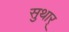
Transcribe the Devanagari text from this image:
सुथार्